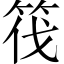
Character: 筏